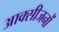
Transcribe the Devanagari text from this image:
आक्सीजनों